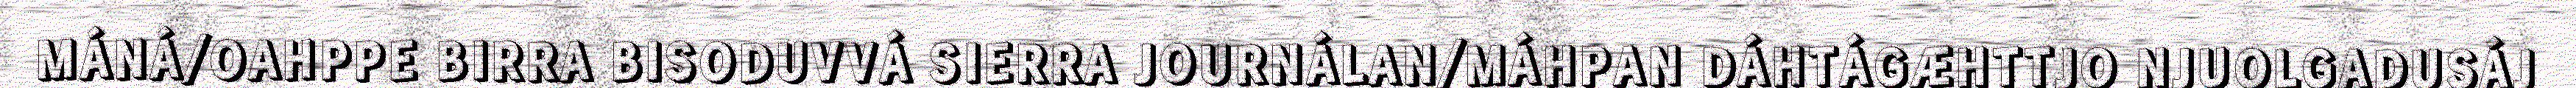
MÁNÁ/OAHPPE BIRRA BISODUVVÁ SIERRA JOURNÁLAN/MÁHPAN DÁHTÁGÆHTTJO NJUOLGADUSÁJ